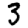
Digit: 3